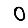
Digit: 0